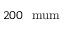
2 0 0 ~ \mathrm { \ m u m }